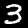
Digit: 3